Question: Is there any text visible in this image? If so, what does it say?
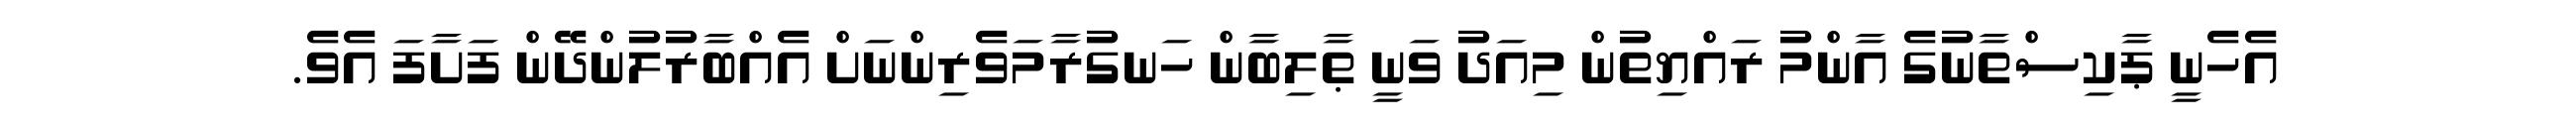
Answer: އެހެނީ ޕާކިސްތާނުގެ އާންމު ރައްޔިތުން މިއަދު ވަނީ ޠާލިބާން ހަނގުރާމަވެރިންނަށް އެއްބާރުލުންދޭން ފަށާފަ އެވެ.